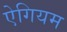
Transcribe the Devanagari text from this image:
ऐगियम